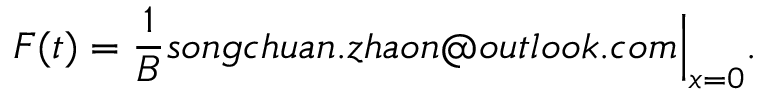
F ( t ) = \frac 1 B s o n g c h u a n . z h a o n @ o u t l o o k . c o m \Big \vert _ { x = 0 } .